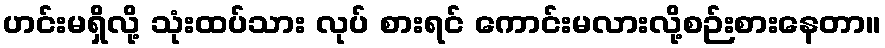
ဟင်းမရှိလို့ သုံးထပ်သား လုပ် စားရင် ကောင်းမလားလို့စဉ်းစားနေတာ။